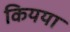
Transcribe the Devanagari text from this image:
कियया